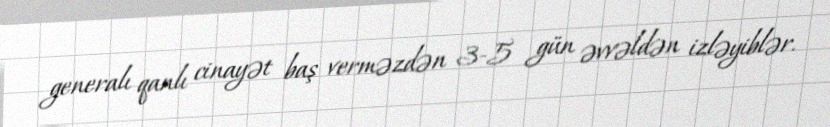
generalı qanlı cinayət baş verməzdən 3-5 gün əvvəldən izləyiblər.